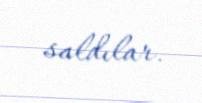
saldılar.